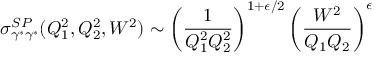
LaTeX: \sigma _ { \gamma ^ { * } \gamma ^ { * } } ^ { S P } ( Q _ { 1 } ^ { 2 } , Q _ { 2 } ^ { 2 } , W ^ { 2 } ) \sim \left( { \frac { 1 } { Q _ { 1 } ^ { 2 } Q _ { 2 } ^ { 2 } } } \right) ^ { 1 + \epsilon / 2 } \left( { \frac { W ^ { 2 } } { Q _ { 1 } Q _ { 2 } } } \right) ^ { \epsilon }